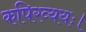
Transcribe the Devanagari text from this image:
कपिरव्ययः।